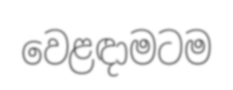
වෙළඳාමටම